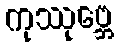
ကုဿုဗ္ဘေ